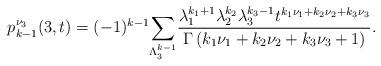
LaTeX: \begin{align*}p^{\nu_3}_{k-1}(3,t)=(-1)^{k-1}\underset{\Lambda^{k-1}_{3}}{\sum}\frac{\lambda_1^{k_1+1}\lambda_2^{k_2}\lambda_3^{k_3-1}t^{k_1\nu_1+k_2\nu_2+k_3\nu_3}}{\Gamma\left(k_1\nu_1+k_2\nu_2+k_3\nu_3+1\right)}.\end{align*}